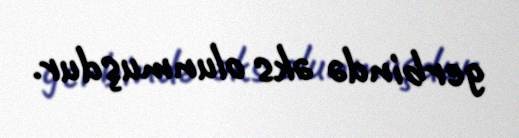
gerbində əks olunmuşdur.